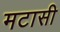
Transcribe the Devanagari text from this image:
मटासी